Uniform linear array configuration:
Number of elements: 48
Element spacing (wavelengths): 1
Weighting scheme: blackman
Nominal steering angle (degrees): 60
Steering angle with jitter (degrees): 58.166
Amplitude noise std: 0.05
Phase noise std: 0.05

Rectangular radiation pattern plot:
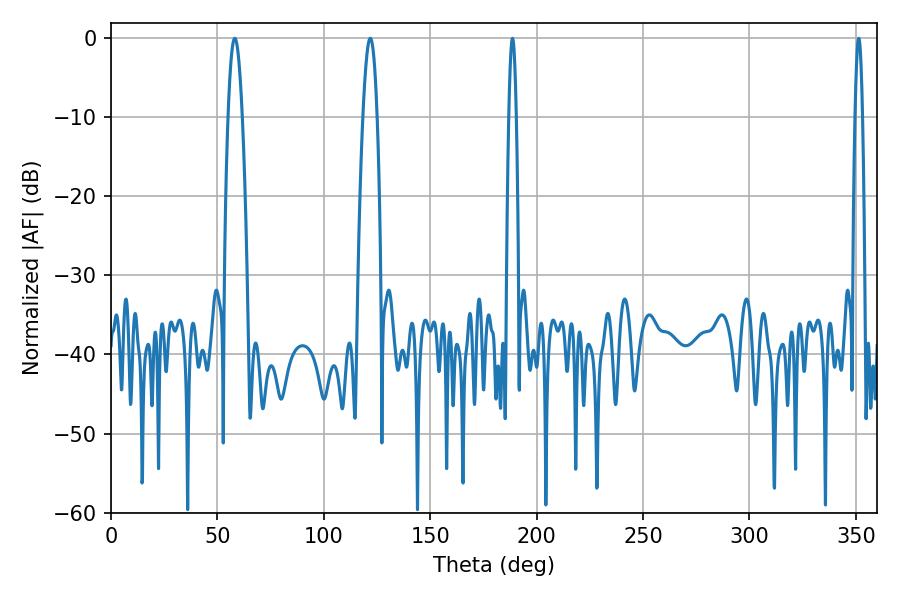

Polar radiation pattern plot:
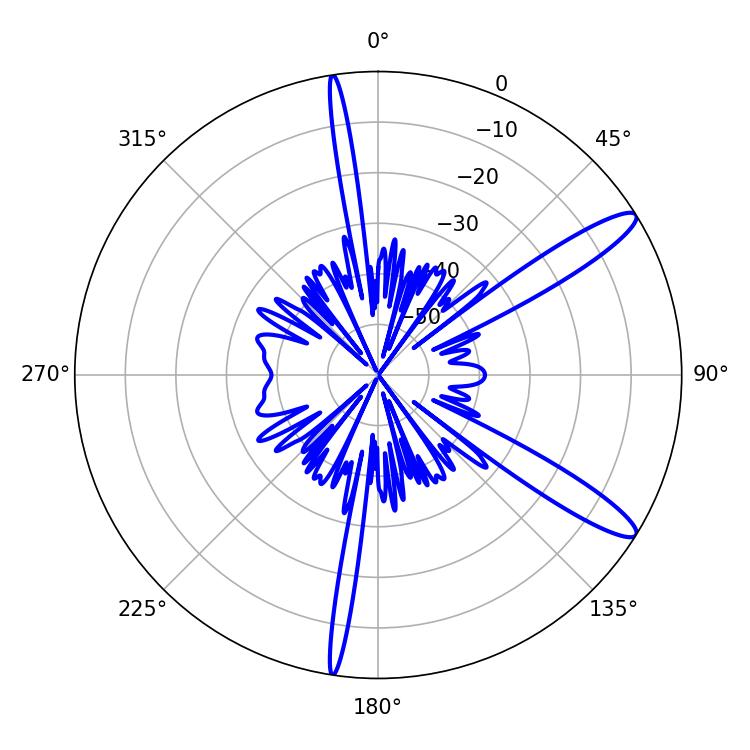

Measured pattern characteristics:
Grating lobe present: TRUE
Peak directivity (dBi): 12.718
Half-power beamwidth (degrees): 1.8
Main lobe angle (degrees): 188.64